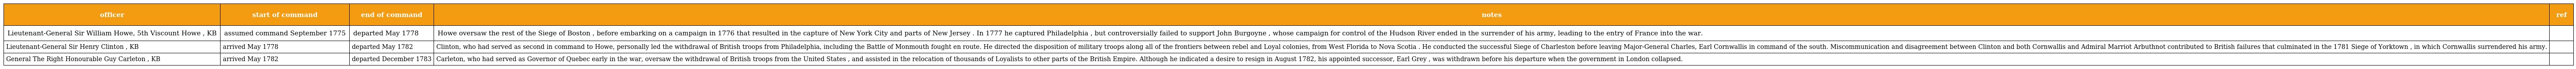
| officer | start of command | end of command | notes | ref |
 | --- | --- | --- | --- | --- |
 | Lieutenant-General Sir William Howe, 5th Viscount Howe , KB | assumed command September 1775 | departed May 1778 | Howe oversaw the rest of the Siege of Boston , before embarking on a campaign in 1776 that resulted in the capture of New York City and parts of New Jersey . In 1777 he captured Philadelphia , but controversially failed to support John Burgoyne , whose campaign for control of the Hudson River ended in the surrender of his army, leading to the entry of France into the war. |  |
 | Lieutenant-General Sir Henry Clinton , KB | arrived May 1778 | departed May 1782 | Clinton, who had served as second in command to Howe, personally led the withdrawal of British troops from Philadelphia, including the Battle of Monmouth fought en route. He directed the disposition of military troops along all of the frontiers between rebel and Loyal colonies, from West Florida to Nova Scotia . He conducted the successful Siege of Charleston before leaving Major-General Charles, Earl Cornwallis in command of the south. Miscommunication and disagreement between Clinton and both Cornwallis and Admiral Marriot Arbuthnot contributed to British failures that culminated in the 1781 Siege of Yorktown , in which Cornwallis surrendered his army. |  |
 | General The Right Honourable Guy Carleton , KB | arrived May 1782 | departed December 1783 | Carleton, who had served as Governor of Quebec early in the war, oversaw the withdrawal of British troops from the United States , and assisted in the relocation of thousands of Loyalists to other parts of the British Empire. Although he indicated a desire to resign in August 1782, his appointed successor, Earl Grey , was withdrawn before his departure when the government in London collapsed. |  |